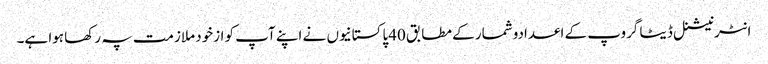
انٹرنیشنل ڈیٹا گروپ کے اعدادوشمار کے مطابق 40پاکستانیوں نے اپنے آپ کو ازخود ملازمت پہ رکھا ہوا ہے۔